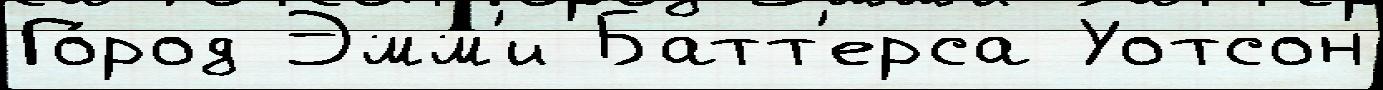
Го́род Эмм'и Батт'ерса Уотсон